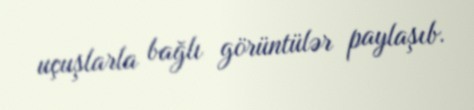
uçuşlarla bağlı görüntülər paylaşıb.